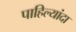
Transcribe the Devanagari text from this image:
पाहिल्यांदा